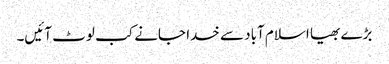
بڑے بھیا اسلام آباد سے خدا جانے کب لوٹ آئیں۔